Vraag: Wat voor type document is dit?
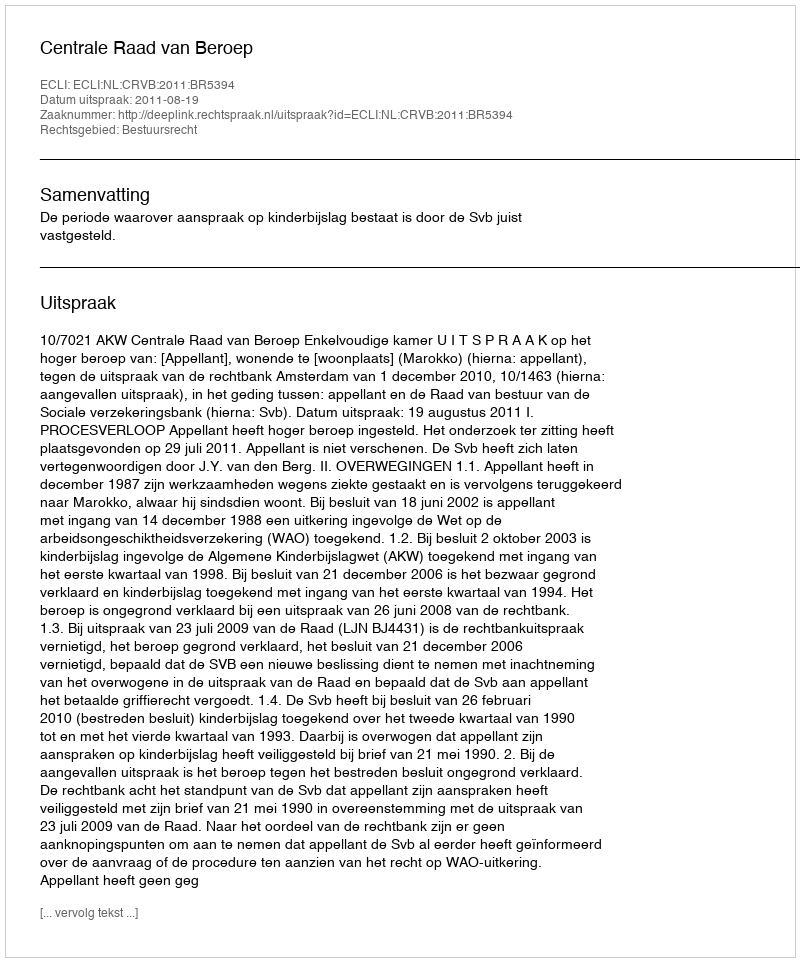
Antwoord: Uitspraak